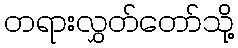
တရားလွှတ်တော်သို့